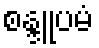
စန္ဒူပမံ